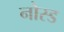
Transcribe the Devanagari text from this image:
नोस्ड